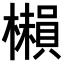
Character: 𣞥